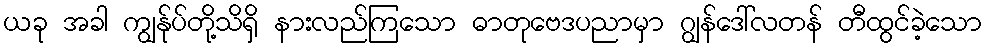
ယခု အခါ ကျွန်ုပ်တို့သိရှိ နားလည်ကြသော ဓာတုဗေဒပညာမှာ ဂျွန်ဒေါ်လတန် တီထွင်ခဲ့သော